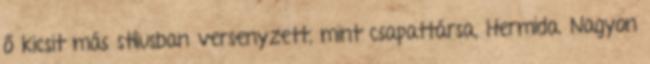
ő kicsit más stílusban versenyzett, mint csapattársa, Hermida. Nagyon